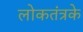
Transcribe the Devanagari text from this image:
लोकतंत्रके